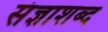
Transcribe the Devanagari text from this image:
संज्ञाशब्द